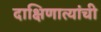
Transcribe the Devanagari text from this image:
दाक्षिणात्यांची